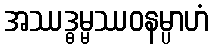
အဿဒ္ဓမ္မဿဝနမ္ပာဟံ